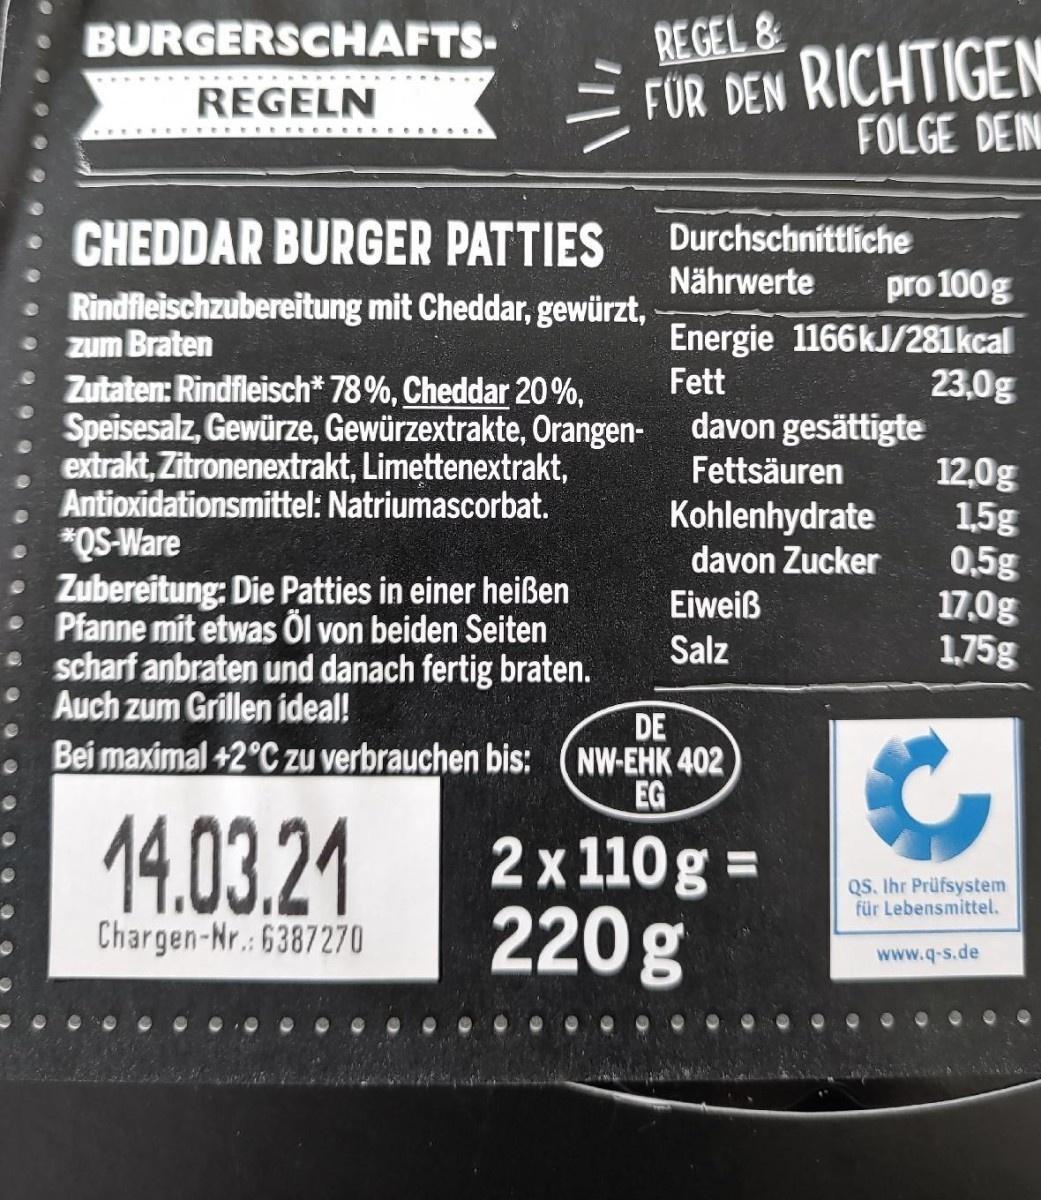
BURGERSCHAFTS-
REGEL &
FOR DEN RICHTIGEN FOLGE DEIN
REGELN
CHEDDAR BURGER PATTIES
Durchschnittliche
Nährwerte
Rindfleischzubereitung mit Cheddar, gewürzt, zum Braten Zutaten: Rindfleisch* 78%, Cheddar 20%, Speisesalz, Gewürze, Gewürzextrakte, Orangen- extrakt, Zitronenextrakt, Limettenextrakt, Antioxidationsmittel: Natriumascorbat. *QS-Ware Zubereitung: Die Patties in einer heißen • Pfanne mit etwas Öl von beiden Seiten scharf anbraten und danach fertig braten. Auch zum Grillen ideal!
pro 100g Energie 1166KJ/281kcal 23,0g davon gesättigte 12,0g 1,5g 0,5g 17.0g 1,75g
Fett
Fettsäuren
Kohlenhydrate davon Zucker
Eiweiß
Salz
DE NW-EHK 402 EG
Bei maximal +2°C zu verbrauchen bis:
14.03.21
2 x 110 g = 220g
QS. Ihr Prüfsystem für Lebensmittel.
Chargen-Nr.: 6387270
www.q-s.de